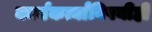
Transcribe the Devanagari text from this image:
कार्यकर्त्यांविषयीही